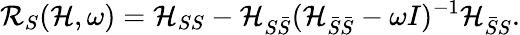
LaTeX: \mathcal{R}_{S}(\mathcal{H},\omega)=\mathcal{H}_{SS}-\mathcal{H}_{S\bar{S}}(\mathcal{H}_{\bar{S}\bar{S}}-\omega I)^{-1}\mathcal{H}_{\bar{S}S}.